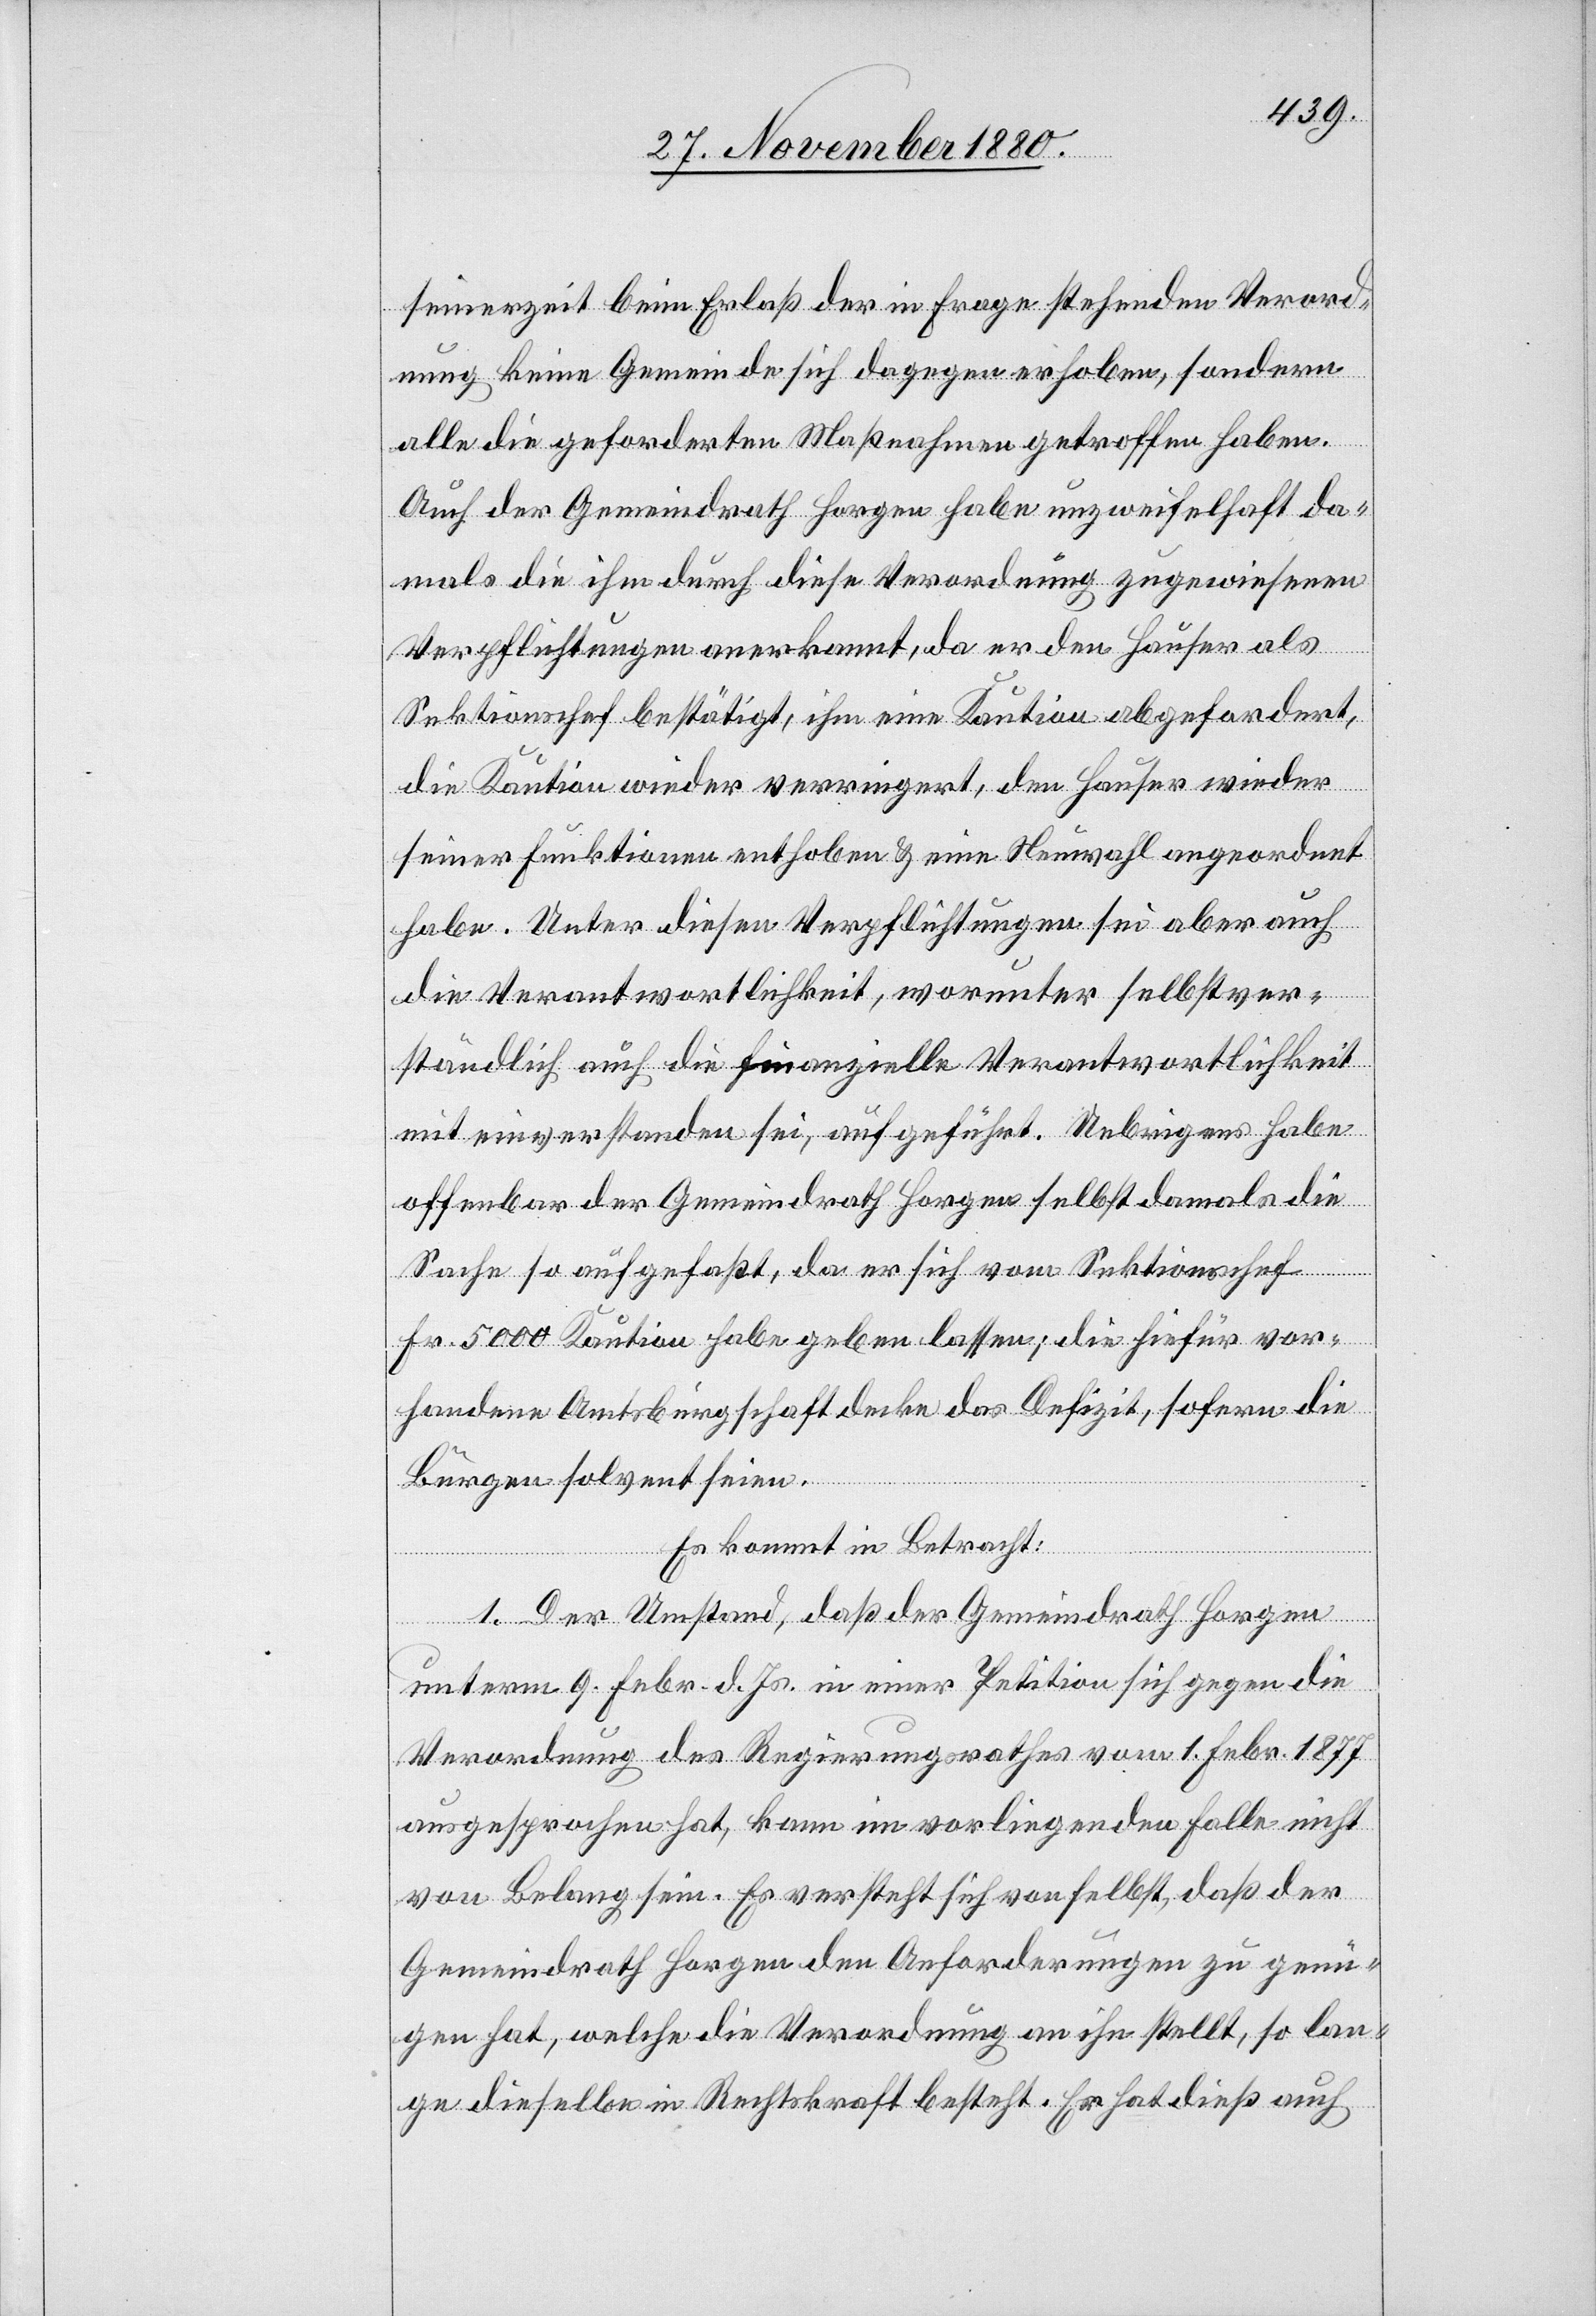
seinerzeit beim Erlaß der in Frage stehenden Verord¬
nung keine Gemeinde sich dagegen erhoben, sondern
alle die geforderten Maßnahmen getroffen haben.
Auch der Gemeindrath Horgen habe unzweifelhaft da¬
mals die ihm durch diese Verordnung zugewiesene
Verpflichtungen anerkannt, da er den Hauser als
Sektionschef bestätigt, ihm eine Kaution abgefordert,
die Kaution wieder verringert, den Hauser wieder
seiner Funktionen enthoben & eine Neuwahl angeordnet
habe. Unter diesen Verpflichtungen sei aber auch
die Verantwortlichkeit, worunter selbstver¬
ständlich auch die finanzielle Verantwortlichkeit
mit einverstanden sei, aufgeführt. Uebrigens habe
offenbar der Gemeindrath Horgen selbst damals die
Sache so aufgefaßt, da er sich vom Sektionschef
Fr. 5000 Kaution habe geben lassen; die hiefür vor¬
handene Amtsbürgschaft decke das Defizit, sofern die
Bürgen solvent seien.
Es kommt in Betracht:
1. Der Umstand, daß der Gemeindrath Horgen
unterm 9. Febr. d. Js. in einer Petition sich gegen die
Verordnung des Regierungsrathes vom 1. Febr. 1877
ausgesprochen hat, kann im vorliegenden Falle nicht
von Belang sein. Es versteht sich von selbst, daß der
Gemeindrath Horgen den Anforderungen zu genü¬
gen hat, welche die Verordnung an ihn stellt, so lan¬
ge dieselbe in Rechtskraft besteht. Er hat dieß auch